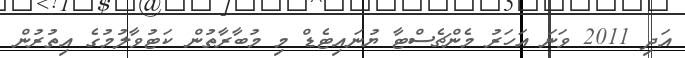
އަދި 2011 ވަނަ އަހަރު މެންޗެސްޓާ ޔުނައިޓެޑް މި މުބާރާތުން ކަޓުވާލުމުގެ އިތުރުން